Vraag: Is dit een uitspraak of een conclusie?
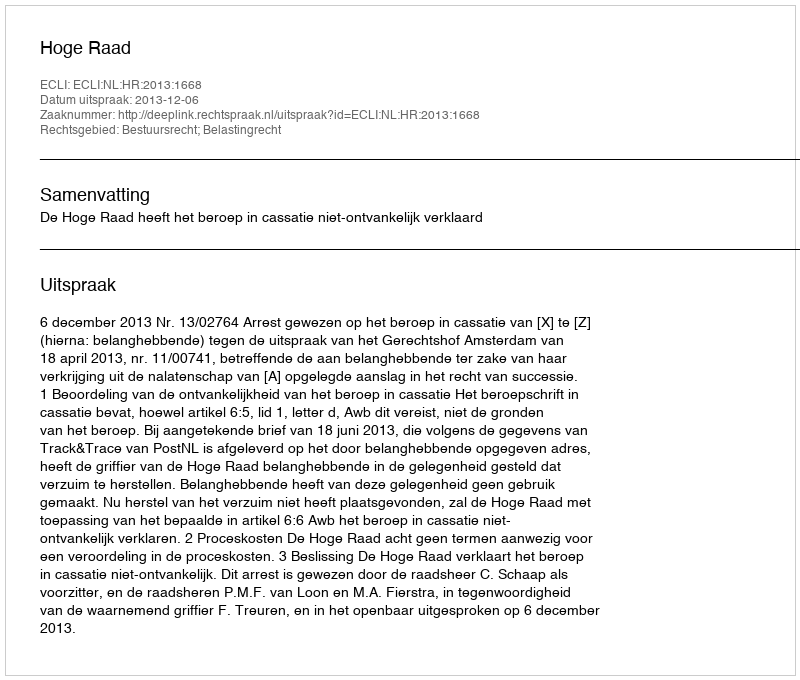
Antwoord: Uitspraak